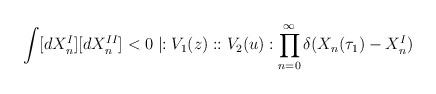
LaTeX: \begin{align*}\int [dX_{n}^{I}][dX_{n}^{II}]<0\mid :V_{1}(z)::V_{2}(u): \prod_{n=0}^{\infty} \delta(X_{n}(\tau _{1})-X_{n}^{I})\end{align*}